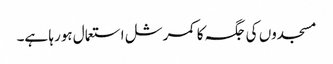
مسجدوں کی جگہ کا کمرشل استعمال ہورہا ہے۔